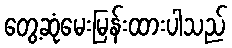
တွေ့ဆုံမေးမြန်းထားပါသည်